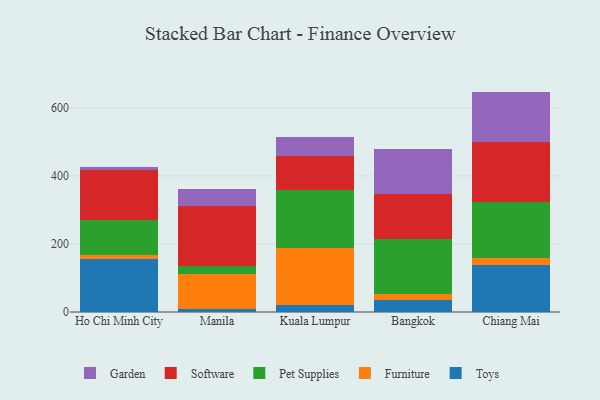
{"axis": {"x": "City", "y": "Demand Index"}, "legend": ["Furniture", "Garden", "Pet Supplies", "Software", "Toys"], "data": [{"x": "Ho Chi Minh City", "y": 155.8, "type": "Toys"}, {"x": "Ho Chi Minh City", "y": 11.3, "type": "Furniture"}, {"x": "Ho Chi Minh City", "y": 103.3, "type": "Pet Supplies"}, {"x": "Ho Chi Minh City", "y": 147.3, "type": "Software"}, {"x": "Ho Chi Minh City", "y": 8.2, "type": "Garden"}, {"x": "Manila", "y": 7.6, "type": "Toys"}, {"x": "Manila", "y": 103.9, "type": "Furniture"}, {"x": "Manila", "y": 22.8, "type": "Pet Supplies"}, {"x": "Manila", "y": 176.6, "type": "Software"}, {"x": "Manila", "y": 51.8, "type": "Garden"}, {"x": "Kuala Lumpur", "y": 21.3, "type": "Toys"}, {"x": "Kuala Lumpur", "y": 167.9, "type": "Furniture"}, {"x": "Kuala Lumpur", "y": 170.7, "type": "Pet Supplies"}, {"x": "Kuala Lumpur", "y": 97.5, "type": "Software"}, {"x": "Kuala Lumpur", "y": 56.8, "type": "Garden"}, {"x": "Bangkok", "y": 35.6, "type": "Toys"}, {"x": "Bangkok", "y": 16.1, "type": "Furniture"}, {"x": "Bangkok", "y": 161.6, "type": "Pet Supplies"}, {"x": "Bangkok", "y": 133.3, "type": "Software"}, {"x": "Bangkok", "y": 132.3, "type": "Garden"}, {"x": "Chiang Mai", "y": 137.9, "type": "Toys"}, {"x": "Chiang Mai", "y": 20.5, "type": "Furniture"}, {"x": "Chiang Mai", "y": 165.9, "type": "Pet Supplies"}, {"x": "Chiang Mai", "y": 176.1, "type": "Software"}, {"x": "Chiang Mai", "y": 147.4, "type": "Garden"}]}